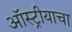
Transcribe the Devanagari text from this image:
ऑस्ट्रीयाचा